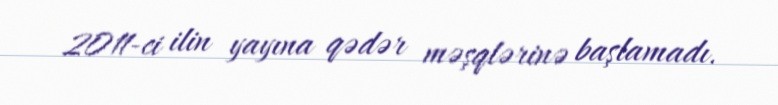
2011-ci ilin yayına qədər məşqlərinə başlamadı.